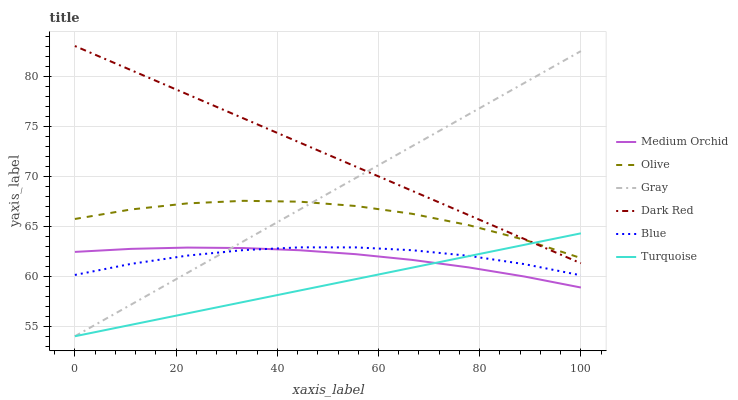
| xaxis_label | Medium Orchid | Olive | Gray | Dark Red | Blue | Turquoise |
 | --- | --- | --- | --- | --- | --- | --- |
 | 0 | 62.4 | 65.7 | 54 | 83 | 60.1 | 54 |
 | 11.1 | 62.7 | 66.7 | 57.2 | 80.6 | 61.2 | 55.1 |
 | 22.2 | 62.9 | 67.3 | 60.3 | 78.2 | 62.1 | 56.3 |
 | 33.3 | 62.8 | 67.5 | 63.5 | 75.8 | 62.6 | 57.4 |
 | 44.4 | 62.6 | 67.4 | 66.7 | 73.4 | 62.9 | 58.6 |
 | 55.6 | 62.2 | 67 | 69.8 | 70.9 | 62.9 | 59.7 |
 | 66.7 | 61.6 | 66.2 | 73 | 68.5 | 62.6 | 60.9 |
 | 77.8 | 60.9 | 65.1 | 76.2 | 66.1 | 62 | 62 |
 | 88.9 | 60 | 63.6 | 79.3 | 63.7 | 61.2 | 63.1 |
 | 100 | 58.9 | 61.8 | 82.5 | 61.3 | 60.1 | 64.3 |